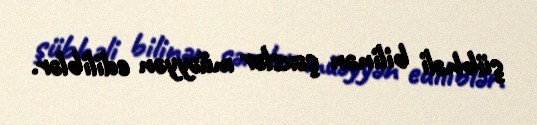
şübhəli bilinən şəxslər müəyyən ediliblər.